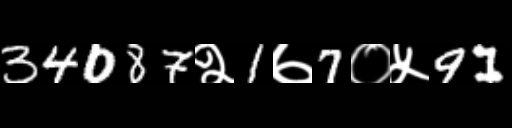
Text: 34087२1७7०५91